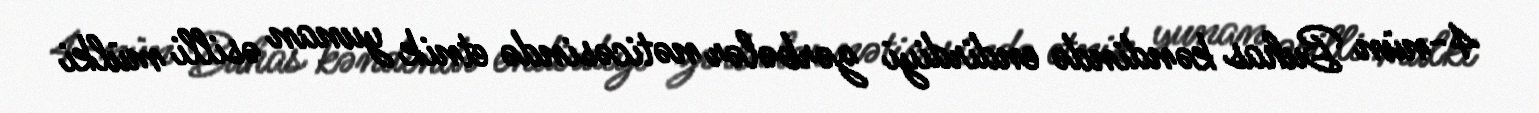
4-nün Buhas kəndində endirdiyi zərbələr nəticəsində etnik yunan əsilli mülki